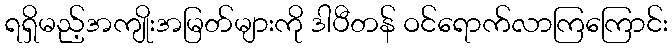
ရရှိမည့်အကျိုးအမြတ်များကို ဒါပီတန် ဝင်ရောက်လာကြကြောင်း